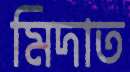
মিদাত